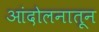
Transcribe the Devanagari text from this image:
आंदोलनातून